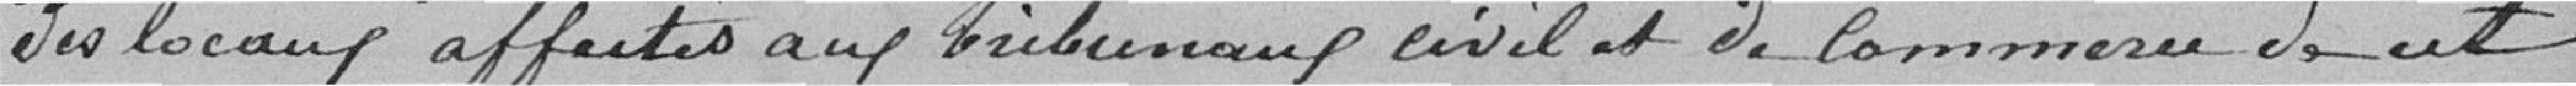
des locaux affectés aux Tribunaux civil et de commerce de cet